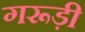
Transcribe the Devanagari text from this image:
गरूड़ी